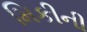
મિકીની